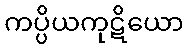
ကပ္ပိယကုဋိယော